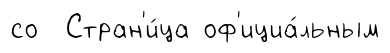
со Стран'и́ца оф'ициа́льным